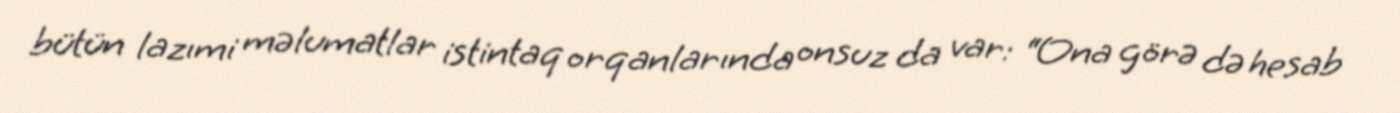
bütün lazımi məlumatlar istintaq orqanlarında onsuz da var: “Ona görə də hesab